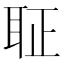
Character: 聇